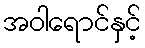
အဝါရောင်နှင့်